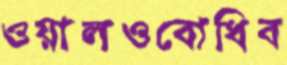
ওয়ালওবোধিব